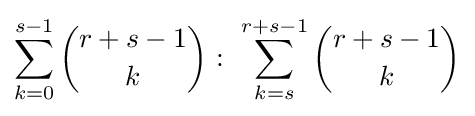
\sum _{k=0}^{s-1}{\binom {r+s-1}{k}}{\mbox{ : }}\sum _{k=s}^{r+s-1}{\binom {r+s-1}{k}}